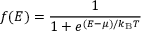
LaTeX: f ( E ) = { \frac { 1 } { 1 + e ^ { { ( E - \mu ) } / { k _ { \mathrm { { B } } } T } } } }